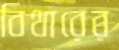
বিথারের